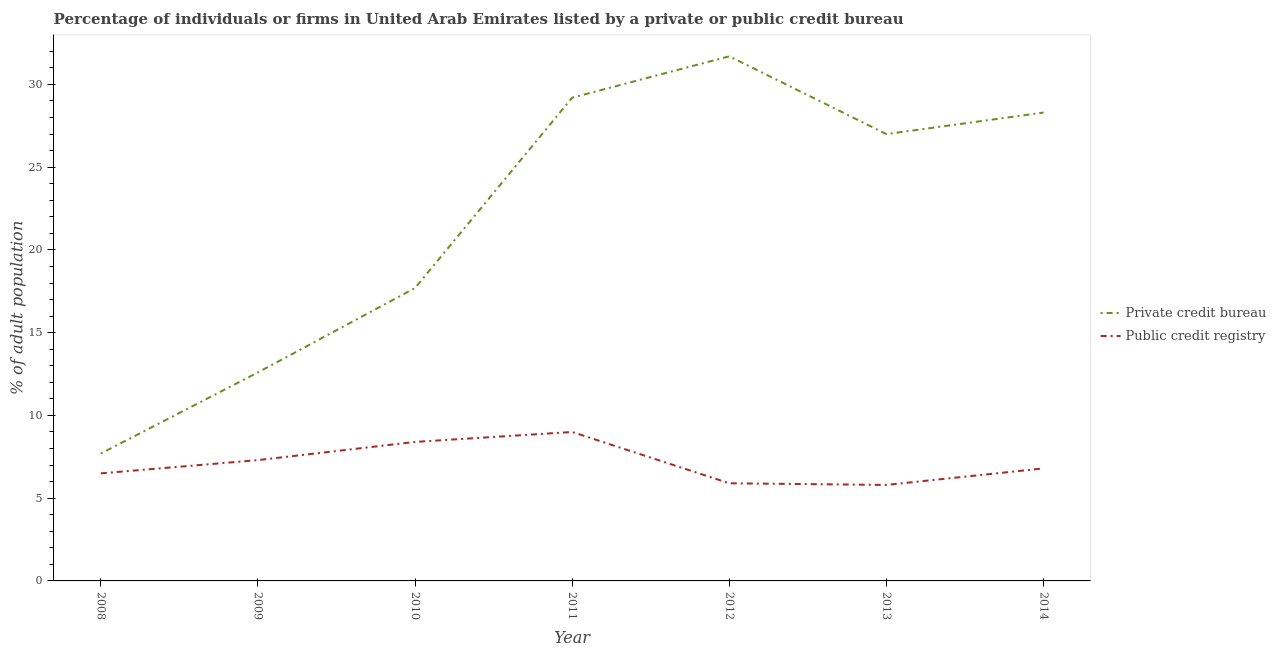
| Year | Private credit bureau | Public credit registry |
 | --- | --- | --- |
 | 2008 | 7.7 | 6.5 |
 | 2009 | 12.6 | 7.3 |
 | 2010 | 17.7 | 8.4 |
 | 2011 | 29.2 | 9 |
 | 2012 | 31.7 | 5.9 |
 | 2013 | 27 | 5.8 |
 | 2014 | 28.3 | 6.8 |